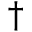
\dagger